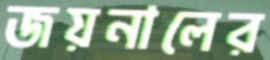
জয়নালের